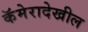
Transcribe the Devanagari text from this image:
कॅमेरादेखील